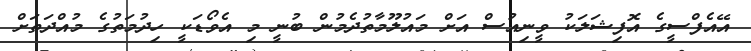
އޭއެފްސީގެ އޮފިޝަލަކު ވީނިއުސް އަށް މައުލޫމާތުދެމުން ބުނީ މި އެވޯޑަކީ ހިދުމަތުގެ މުއްދަތަށް